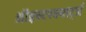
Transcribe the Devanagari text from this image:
ऑइस्टरक्वार्ट्ज